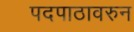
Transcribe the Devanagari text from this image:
पदपाठावरुन